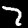
Label: 7